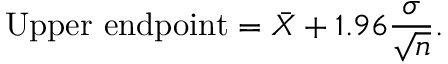
{ \mathrm { U p p e r ~ e n d p o i n t } } = { \bar { X } } + 1 . 9 6 { \frac { \sigma } { \sqrt { n } } } .